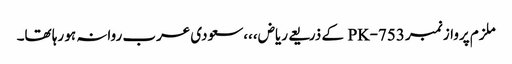
ملزم پرواز نمبر PK-753 کے ذریعے ریاض،،،سعودی عرب روانہ ہو رہا تھا۔